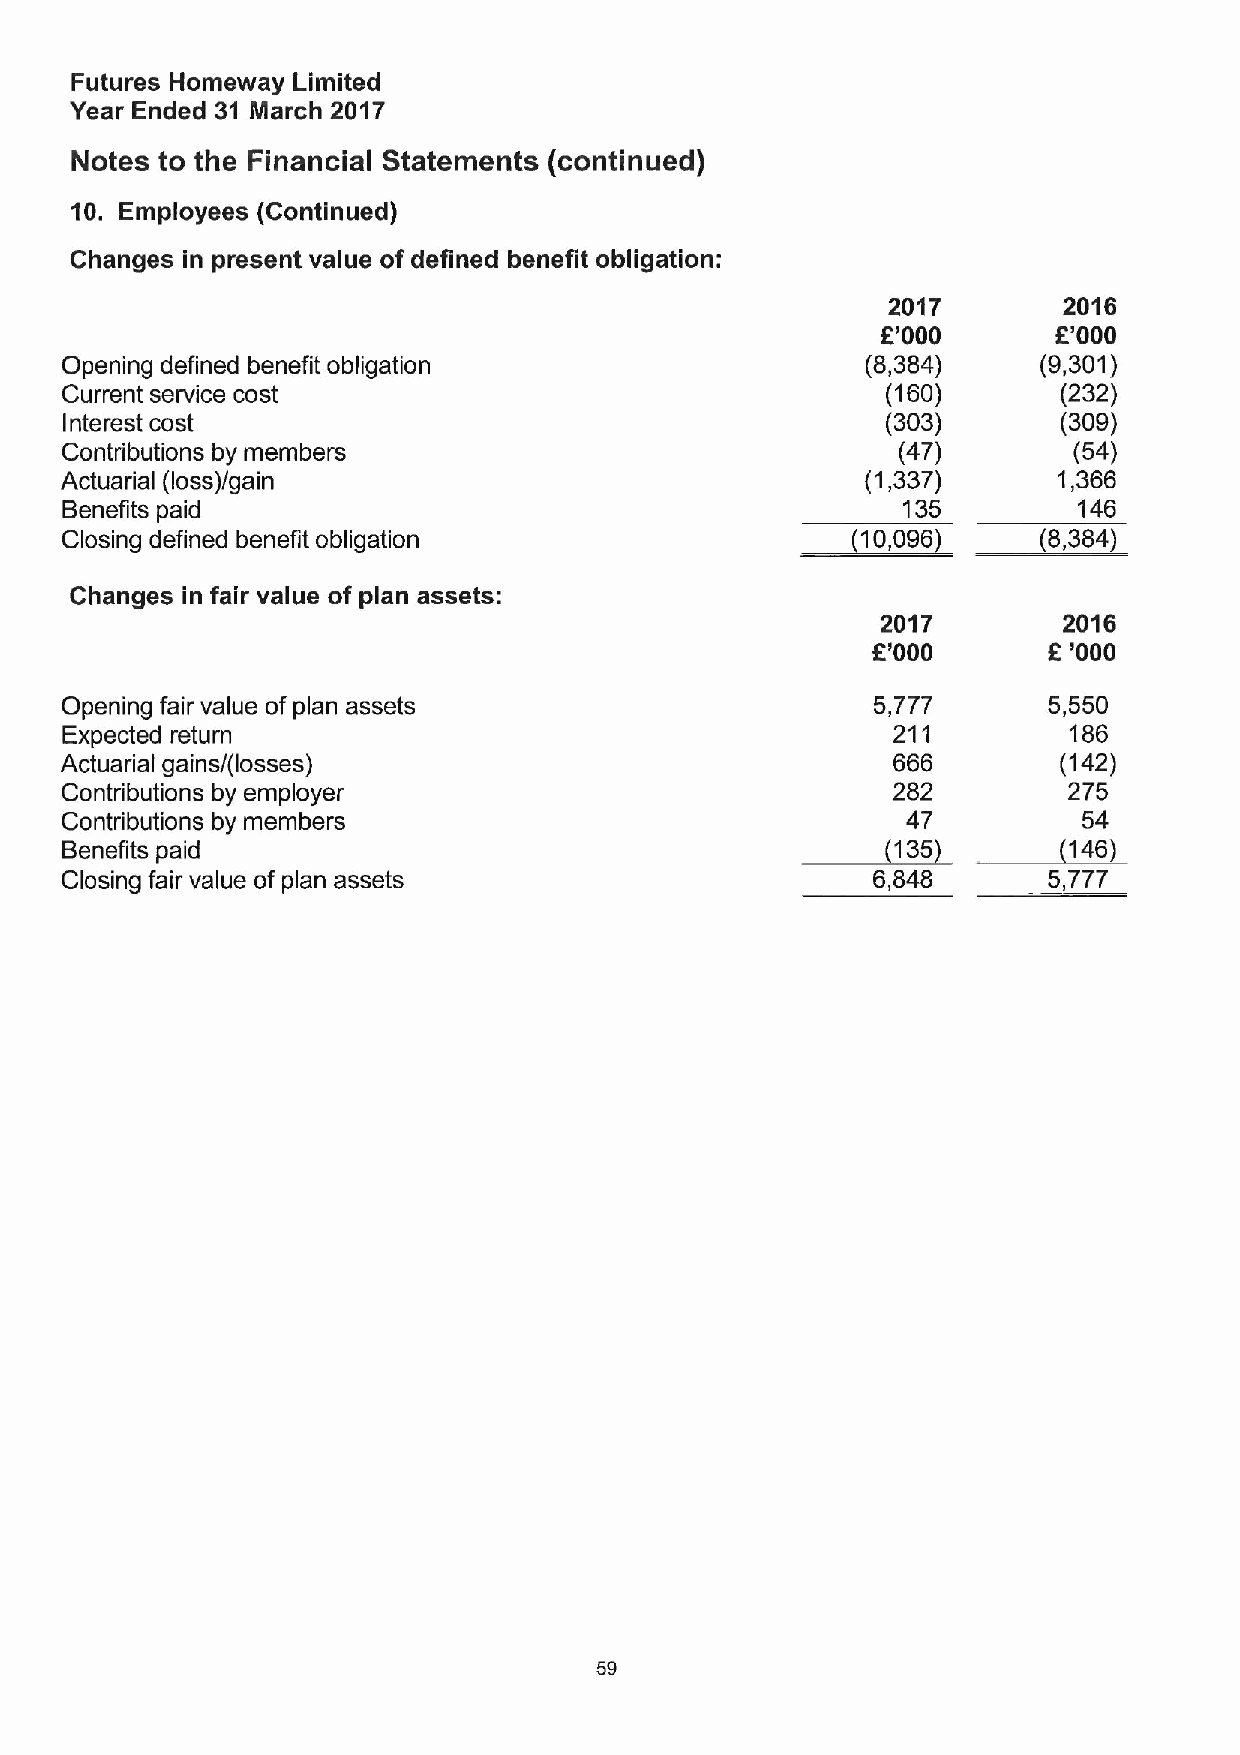
Futures Homeway Limited
 Year Ended 31 March 2017
 Notes to the Financial Statements (continued)
 10. Employees (Continued)
 Changes in present value of defined benefit obligation:
 2017       2016
 R'000       f'000
 Opening defined benefit obligation                   (8,384)     (9,301)
 Current service cost                                   (160)      (232)
 Interest cost                                          (303)      (309)
 Contributions by members                               (47)        (54)
 Actuarial (loss)/gain                                (1,337)      1,366
 Benefits paid                                    ~10,135           146
 Closing defined benefit obligation                     096       )8,384)
 Changes in fair value of plan assets:
 2017        2016
 R'000      8'000
 Opening fair value of plan assets                     5,777      5,550
 Expected return                                        211         186
 Actuarial gains/(losses)                               666        (142)
 Contributions by employer                              282         275
 Contributions by members                         ~13847      ~14654)
 Benefits paid
 Closing fair value of plan assets                     6,848      5,777
 59